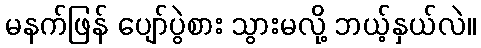
မနက်ဖြန် ပျော်ပွဲစား သွားမလို့ ဘယ့်နှယ်လဲ။